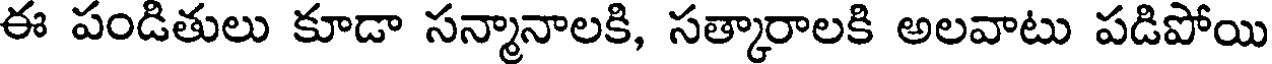
ఈ పండితులు కూడా సన్మానాలకి, సత్కారాలకి అలవాటు పడిపోయి